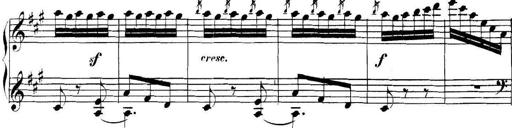
Title: Collected Piano Sonatas
Composer: Muzio Clementi